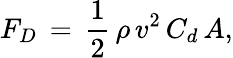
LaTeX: F_{D}\, =\, {\frac{1}{2}}\, \rho\, v^{2}\, C_{d}\, A,